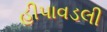
હીપાવડલી